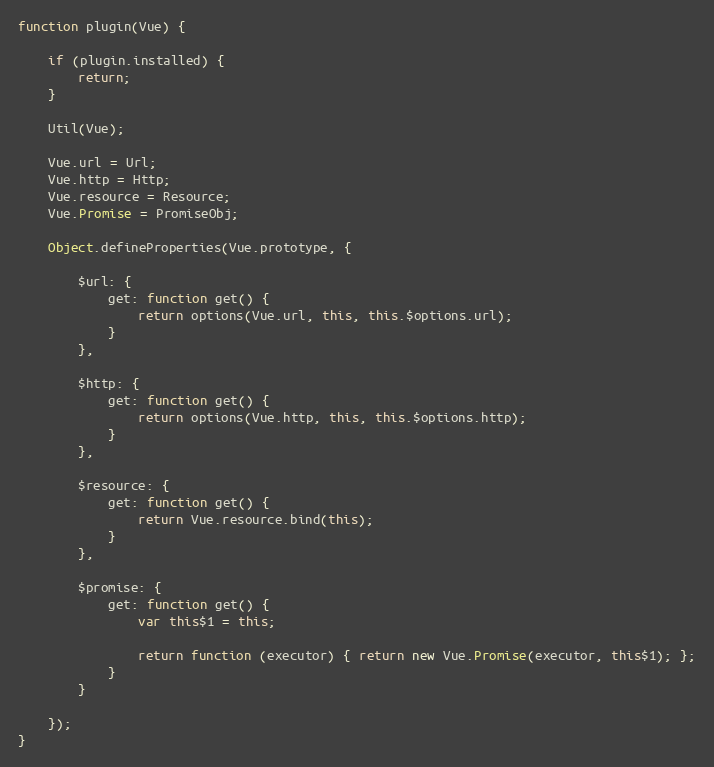
Language: JavaScript
function plugin(Vue) {

    if (plugin.installed) {
        return;
    }

    Util(Vue);

    Vue.url = Url;
    Vue.http = Http;
    Vue.resource = Resource;
    Vue.Promise = PromiseObj;

    Object.defineProperties(Vue.prototype, {

        $url: {
            get: function get() {
                return options(Vue.url, this, this.$options.url);
            }
        },

        $http: {
            get: function get() {
                return options(Vue.http, this, this.$options.http);
            }
        },

        $resource: {
            get: function get() {
                return Vue.resource.bind(this);
            }
        },

        $promise: {
            get: function get() {
                var this$1 = this;

                return function (executor) { return new Vue.Promise(executor, this$1); };
            }
        }

    });
}